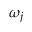
\omega _ { j }